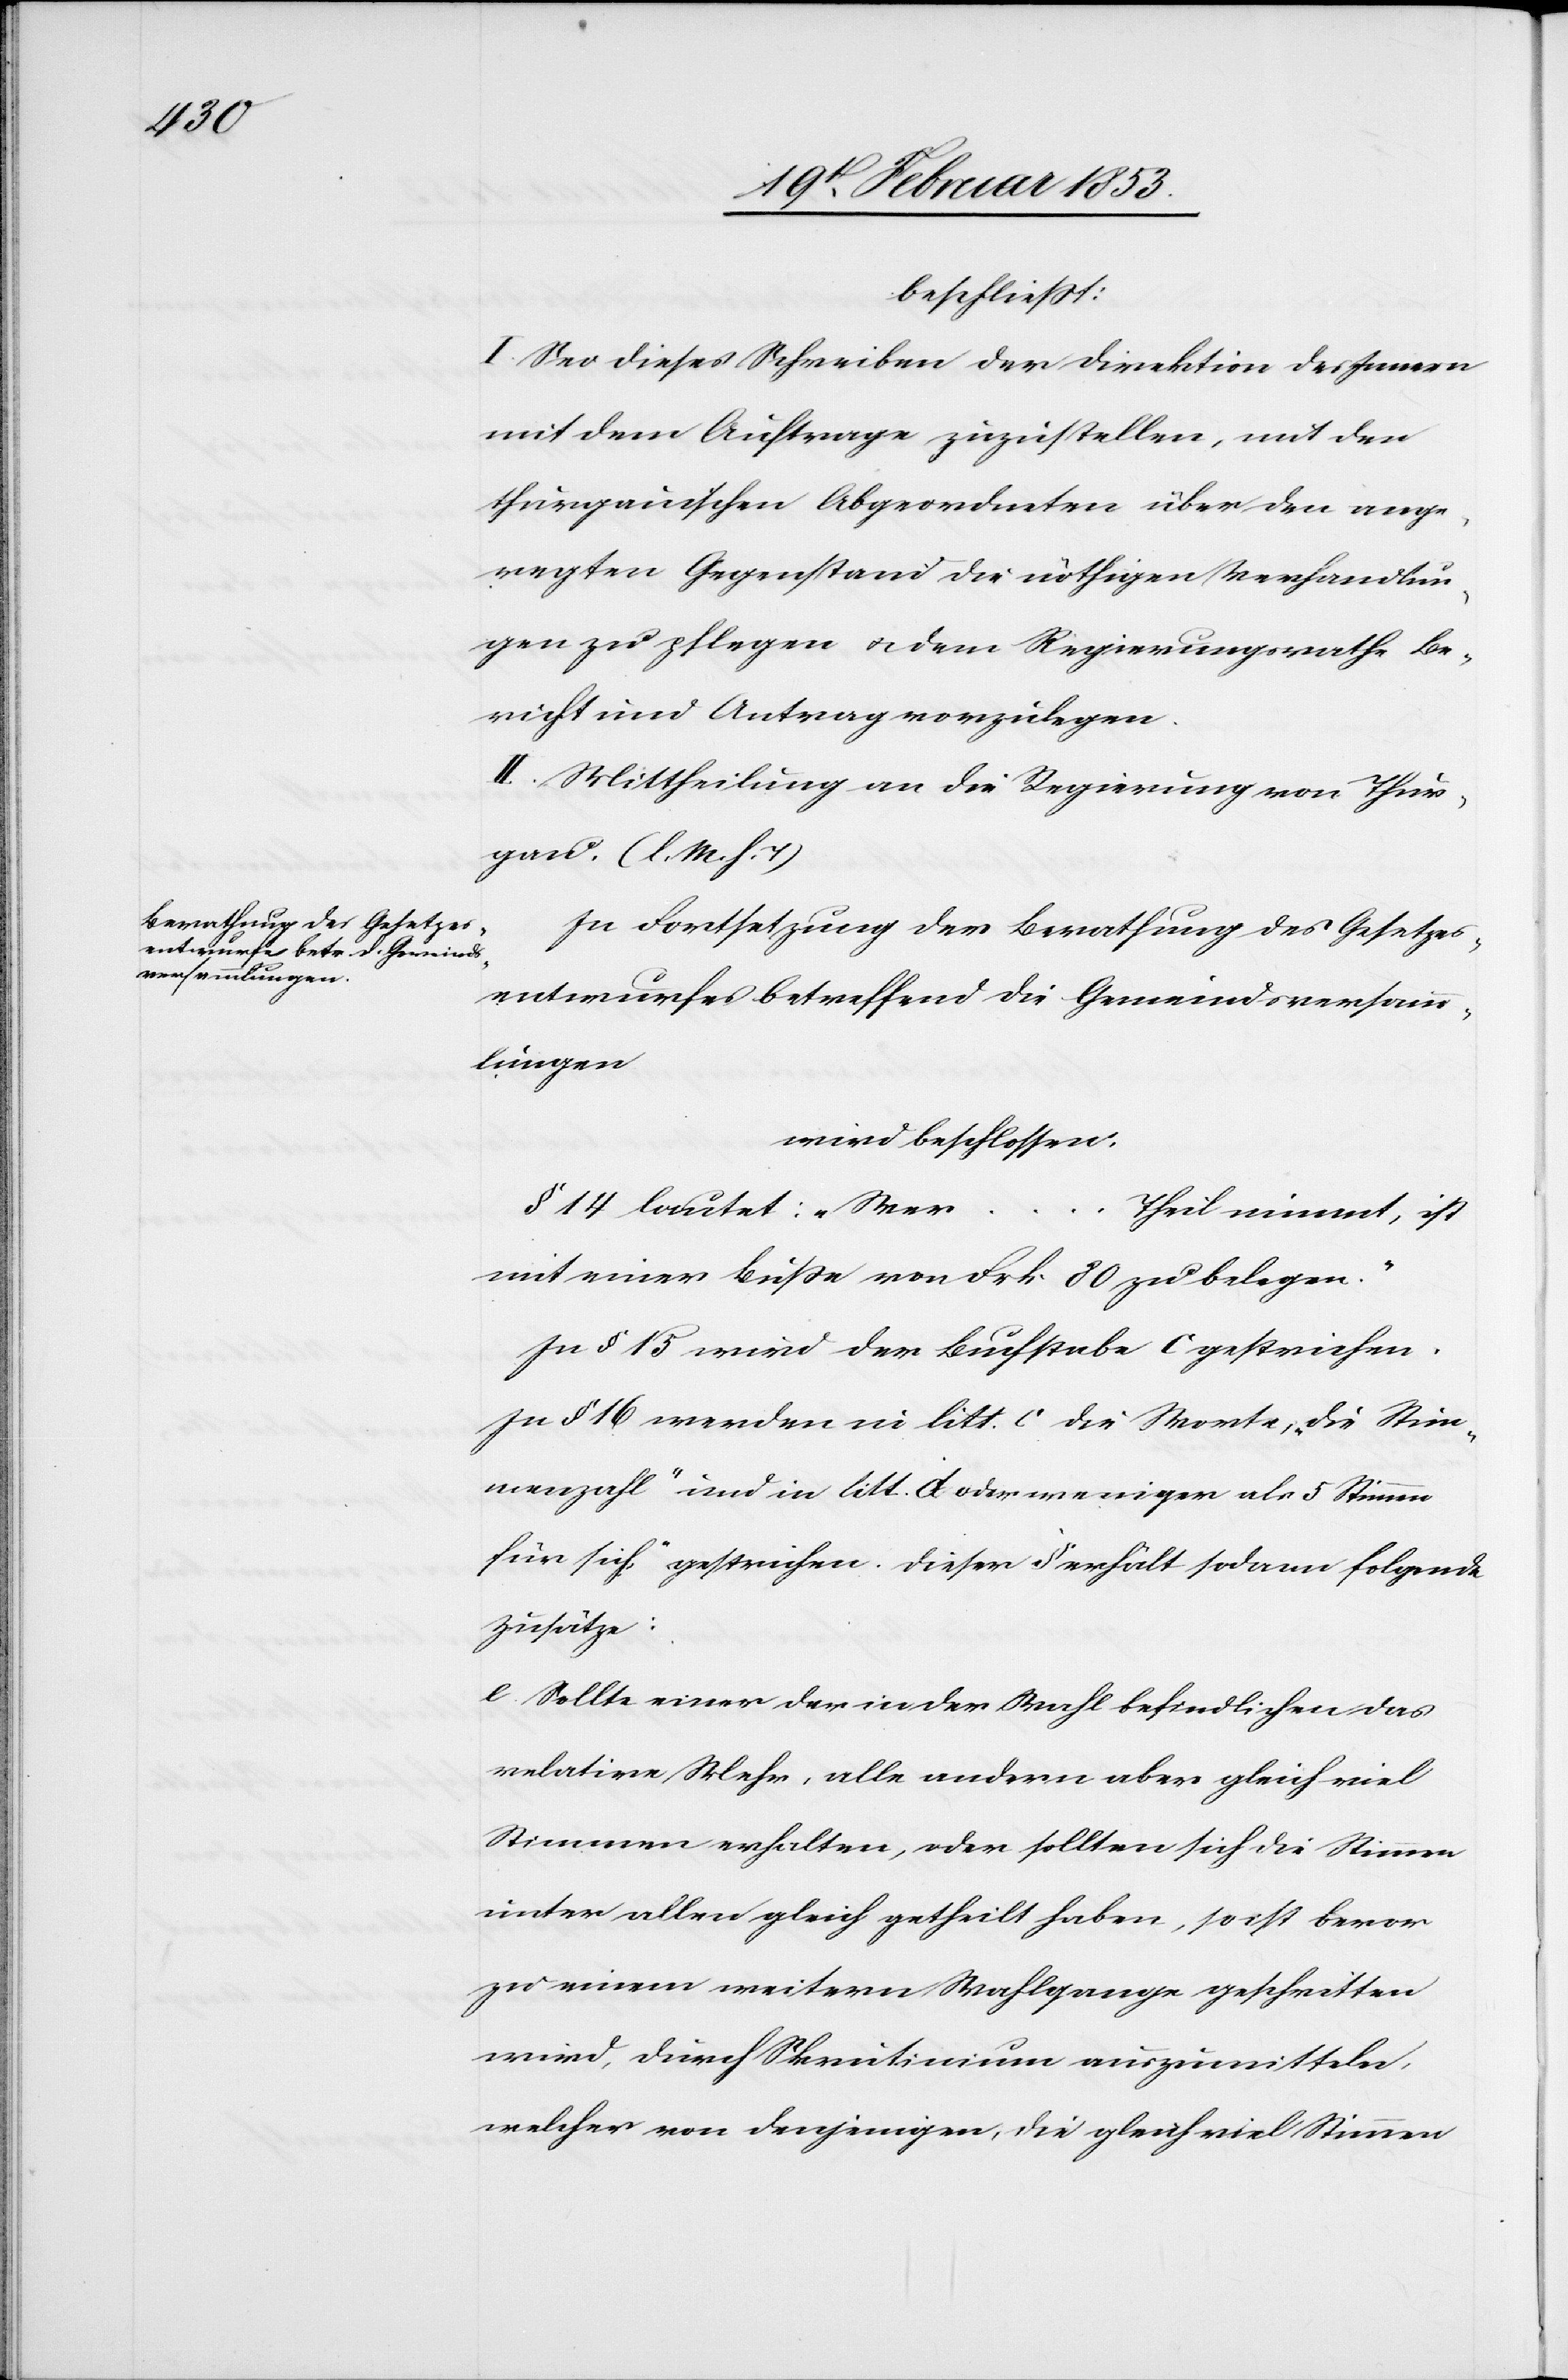
beschließt:
I. Sei dieses Schreiben der Direktion des Innern
mit dem Auftrage zuzustellen, mit den
thurgauischen Abgeordneten über den ange¬
regten Gegenstand die nöthigen Verhandlun¬
gen zu pflegen u. dem Regierungsrathe Be¬
richt und Antrag vorzulegen.
II. Mittheilung an die Regierung von Thur¬
gau. [l. M. h. T]
In Fortsetzung der Berathung des Gesetzes¬
entwurfes betreffend die Gemeindsversamm¬
lungen
wird beschlossen,
§ 14 lautet: „We¬
r…Theil nimmt, ist
mit einer Buße von Frk. 20 zu belegen.“
In § 15 wird der Buchstabe C gestrichen.
In § 16 werden in litt. C. die Worte, „die Stim¬
menzahl“ und in litt. d. [„] weniger als 5 Stimmen
für sich.“ gestrichen. Dieser § erhält sodann folgende
Zusätze:
e. Sollte einer in der Wahl befindlichen das
relative Mehr, alle andern aber gleichviel
Stimmen erhalten, oder sollten sich die Stimmen
unter allen gleich getheilt haben, so ist bevor
zu einem weitern Mahlgange geschritten
wird, durch Skrutinium auszumitteln,
welcher von denjenigen, die gleichviel Stimmen